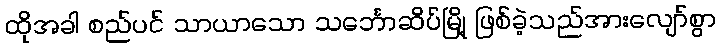
ထိုအခါ စည်ပင် သာယာသော သင်္ဘောဆိပ်မြို့ ဖြစ်ခဲ့သည်အားလျော်စွာ